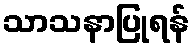
သာသနာပြုရန်